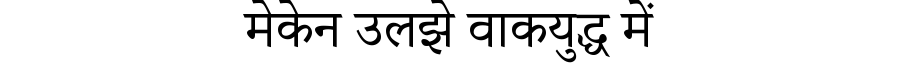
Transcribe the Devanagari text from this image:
मेकेन उलझे वाकयुद्ध में